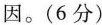
因。(6分)